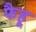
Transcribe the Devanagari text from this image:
फैहू